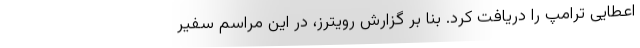
اعطایی ترامپ را دریافت کرد. بنا بر گزارش رویترز، در این مراسم سفیر